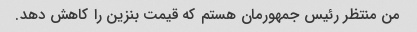
من منتظر رئیس جمهورمان هستم که قیمت بنزین را کاهش دهد.